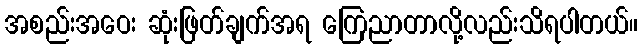
အစည်းအဝေး ဆုံးဖြတ်ချက်အရ ကြေညာတာလို့လည်းသိရပါတယ်။